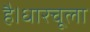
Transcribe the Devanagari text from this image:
है।धारचूला